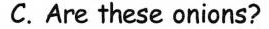
C.Are these onions?